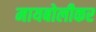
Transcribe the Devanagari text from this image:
मायबोलीकर